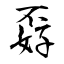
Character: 孬